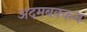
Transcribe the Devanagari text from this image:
अदमबक्कम